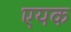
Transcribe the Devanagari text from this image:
एयक